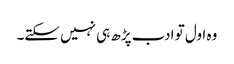
وہ اول تو ادب پڑھ ہی نہیں سکتے۔